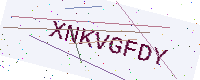
Text: XNKVGFDY